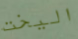
اليخت